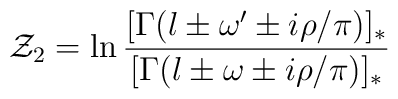
{\cal Z}_2=\ln\frac{[\Gamma(l \pm \omega'\pm i\rho/\pi)]_*}{[\Gamma(l \pm \omega\pm i\rho/\pi)]_*}